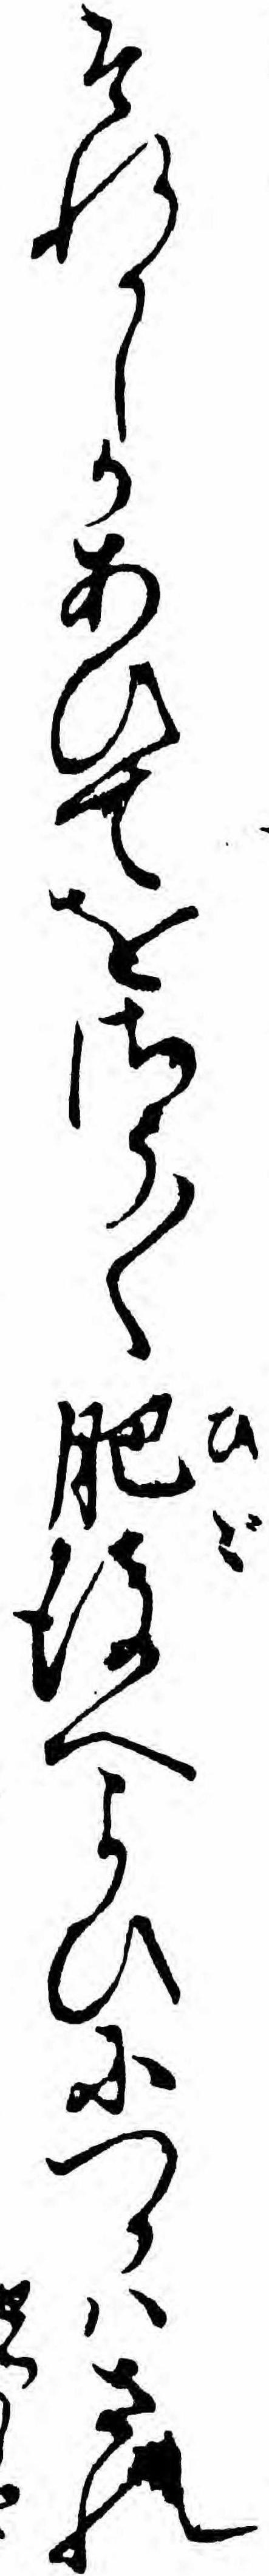
それかしかあひてをさう〱肥後へよひにつかハされ